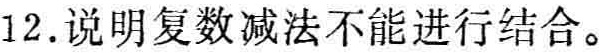
12. 说明复数减法不能进行结合。